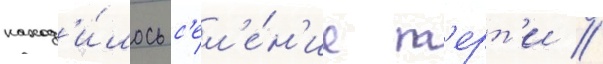
наход'и́лось с'ел'е́н'ие т'ерт'и /